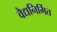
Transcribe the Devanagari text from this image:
वैद्यनिर्मित